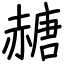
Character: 赯